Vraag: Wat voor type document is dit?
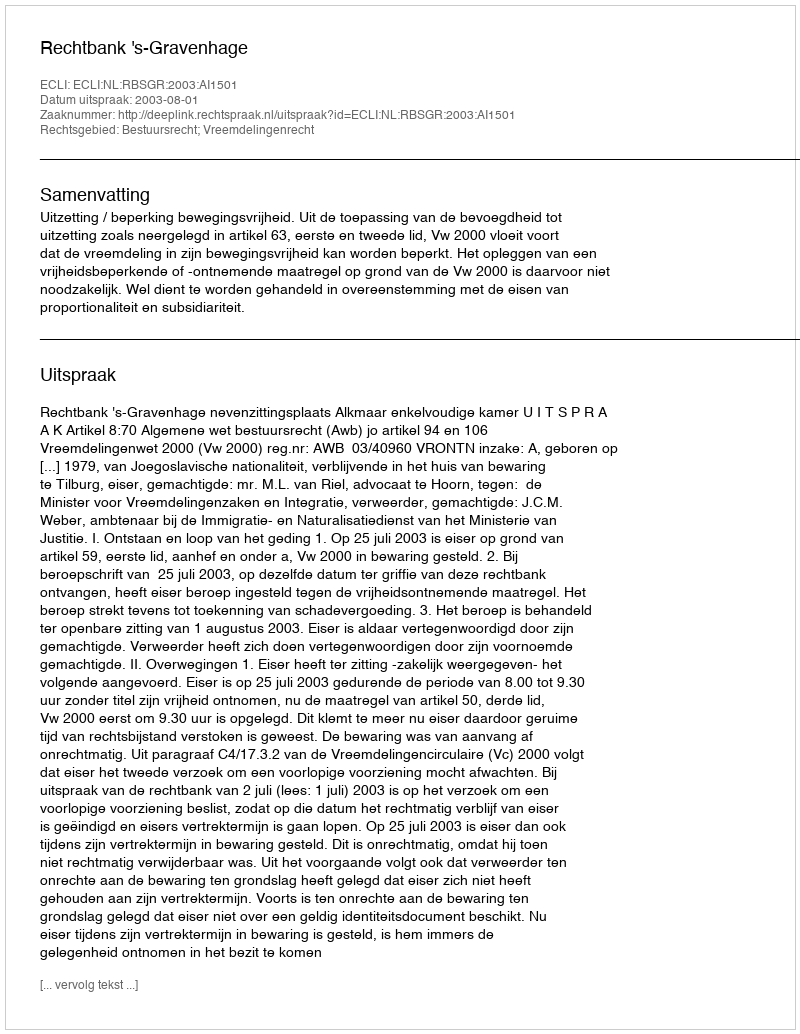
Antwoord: Uitspraak